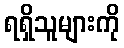
ရရှိသူများကို